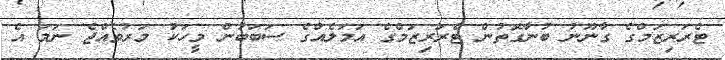
ޓެރަރިޒަމްގެ ގާނޫނު ބުނާގޮތުން ޓެރަރިޒަމްގެ އަމަލެއްގެ ސަބަބުން މީހަކު މަރުވެއްޖެ ނަމަ އެ